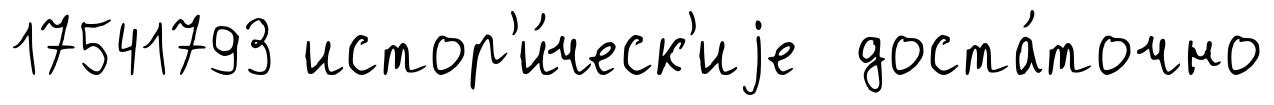
17541793 истор'и́ческ'иjе доста́точно